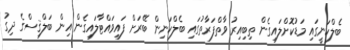
ބެލްކަނީގައި މަޑުކޮށްލައިގެން ތިބިއިރު ވާތްފަރާތުގައި ބެލްކަނިން ބޭރަށް ފައިވައްޓާލައިގެން އިން ބަލްޤިސްގެ ދިގު